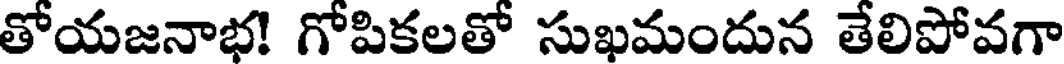
తోయజనాభ! గోపికలతో సుఖమందున తేలిపోవగా